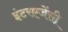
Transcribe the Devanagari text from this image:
इंटरएजेंसी